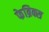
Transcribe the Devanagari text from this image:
फेब्रिक्स